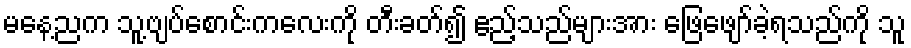
မနေ့ညက သူ့ဗျပ်စောင်းကလေးကို တီးခတ်၍ ဧည့်သည်များအား ဖြေဖျော်ခဲ့ရသည်ကို သူ